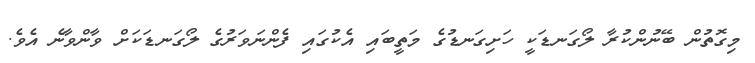
މިގޮތުން ބޭނުންކުރާ ލޯގަނޑަކީ ހަށިގަނޑުގެ މަތީބައި އެކުގައި ފެންނަވަރުގެ ލޯގަނޑަކަށް ވާންވާނެ އެވެ.